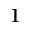
^ 1